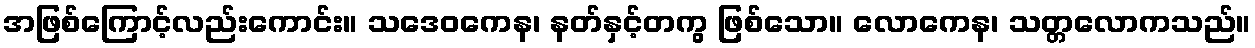
အဖြစ်ကြောင့်လည်းကောင်း။ သဒေဝကေန၊ နတ်နှင့်တကွ ဖြစ်သော။ လောကေန၊ သတ္တလောကသည်။